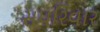
સપરિવાર